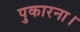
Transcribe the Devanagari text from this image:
पुकारना।